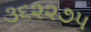
૩૬૨૨૭૫